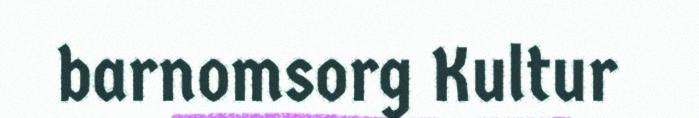
barnomsorg Kultur